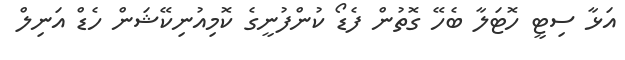
އަޅާ ސިޓީ ހޮޓަލާ ބެހޭ ގޮތުން ފެޑޯ ކުންފުނީގެ ކޮމިއުނިކޭޝަން ހެޑް އަނިލް